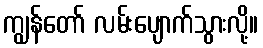
ကျွန်တော် လမ်းပျောက်သွားလို့။